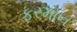
ફરમાન